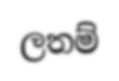
ලතම්